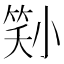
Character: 𡮜